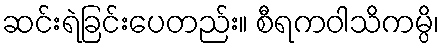
ဆင်းရဲခြင်းပေတည်း။ စီရကဝါသိကမ္ပိ၊